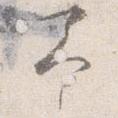
予